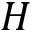
H